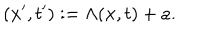
LaTeX: ( { \bf x } ^ { \prime } , t ^ { \prime } ) : = \Lambda ( { \bf x } , t ) + a .